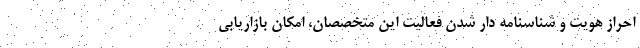
احراز هویت و شناسنامه دار شدن فعالیت این متخصصان، امکان بازاریابی